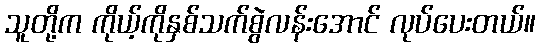
သူတို့က ကိုယ့်ကိုနှစ်သက်စွဲလန်းအောင် လုပ်ပေးတယ်။